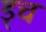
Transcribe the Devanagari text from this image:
ड्च